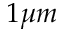
1 \mu m